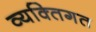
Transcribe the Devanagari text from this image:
व्यक्‍तिगत